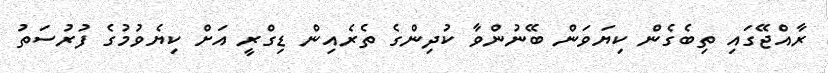
ރާއްޖޭގައި ތިބެގެން ކިޔަވަން ބޭނުންވާ ކުދިންގެ ތެރެއިން ޑިގްރީ އަށް ކިޔެވުމުގެ ފުރުސަތު